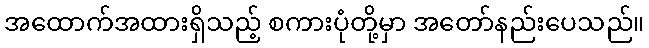
အထောက်အထားရှိသည့် စကားပုံတို့မှာ အတော်နည်းပေသည်။